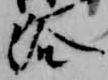
浴